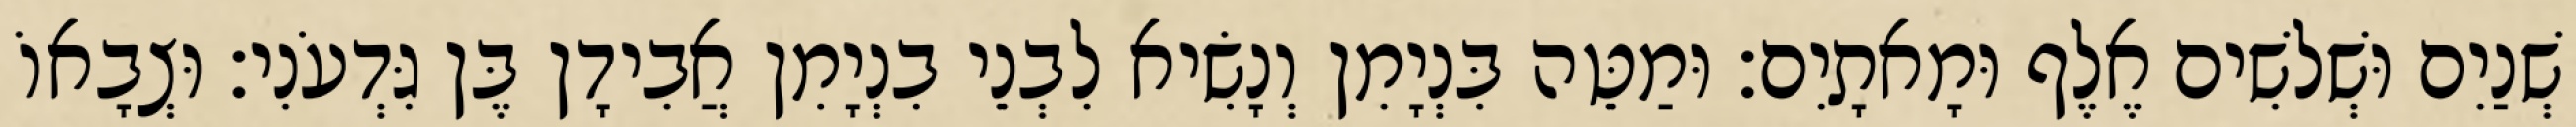
שְׁנַיִם וּשְׁלשִׁים אֶלֶף וּמָאתָיִם׃ וּמַטֵּה בִּנְיָמִן וְנָשִׂיא לִבְנֵי בִנְיָמִן אֲבִידָן בֶּן גִּדְעֹנִי׃ וּצְבָאוֹ